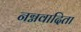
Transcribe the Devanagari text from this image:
नग्नवादिता